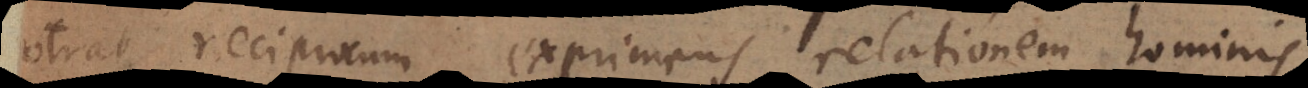
[extat] reciprocum exprimens relationem hominis